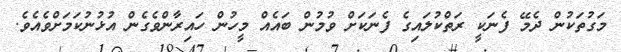
މަގުތަކުން ދެމޭ ފެނަކީ ރަތްކުލައިގެ ފެނަކަށް ވުމުން ބައެއް މީހުން ހައިރާންވެގެން އުޅުނުކަމަށްވެއެވެ.